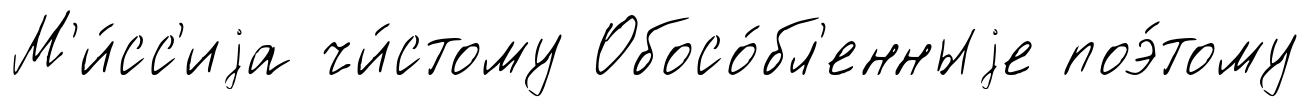
М'и́сс'иjа чи́стому Обосо́бл'енныjе поэ́тому